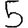
Digit: 5